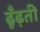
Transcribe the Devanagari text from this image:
ढूँढ़ती